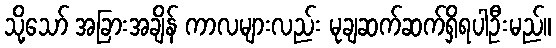
သို့သော် အခြားအချိန် ကာလများလည်း မုချဆက်ဆက်ရှိရပါဦးမည်။